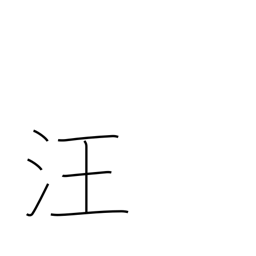
Meaning: expanse of water